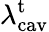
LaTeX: \lambda_{\mathrm{cav}}^{\mathrm{t}}